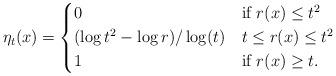
LaTeX: \begin{align*} \eta_{t}(x) = \begin{cases*} 0& if $r(x)\leq t^2$\\ (\log t^2 - \log r)/\log(t) & $t\leq r(x)\leq t^2$ \\ 1& if $r(x)\geq t$. \end{cases*} \end{align*}